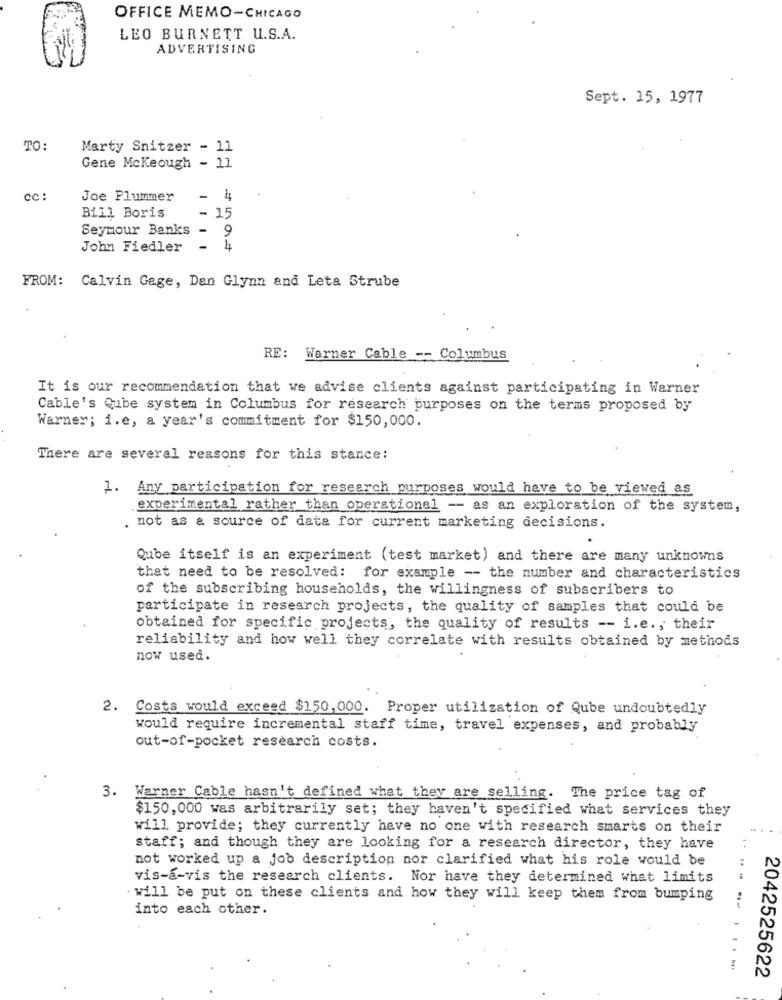
OFFICE MEMO-CHICAGO
LEO BURNETT U.S.A.
ADVERTISING
Sept. 15, 1977
TO:
Marty Snitzer - 11
Gene McKeough - 11
cc :
Joe Plummer
- 4
Bill Boris
- 15
Seymour Banks -
9
John Fiedler
4
FROM: Calvin Gage, Den Glynn and Leta Strube
RE: Warner Cable -- Columbus
It is our recommendation that we advise clients against participating in Warner
Cable's Qube system in Columbus for research purposes on the terms proposed by
Warner; i.e, a year's commitment for $150,000.
There are several reasons for this stance:
1. Any participation for research purposes would have to be viewed as
experimental rather than operational -- as an exploration of the system,
. not as a source of data for current marketing decisions.
Qube itself is an experiment (test market) and there are many unknowns
that need to be resolved: for example -- the number and characteristics
of the subscribing households, the willingness of subscribers to
participate in research projects, the quality of samples that could be
obtained for specific projects, the quality of results -- i.e ., their
reliability and how well they correlate with results obtained by methods
now used.
2. Costs would exceed $150,000. Proper utilization of Qube undoubtedly
would require incremental staff time, travel expenses, and probably
out-of-pocket research costs.
3. Warner Cable hasn't defined what they are selling. The price tag of
$150,000 was arbitrarily set; they haven't specified what services they
will provide; they currently have no one with research smarts on their
staff; and though they are looking for a research director, they have
..
not worked up a job description nor clarified what his role would be
vis-a-vis the research clients. Nor have they determined what limits
. will be put on these clients and how they will keep them from bumping
into each other.
2042525622